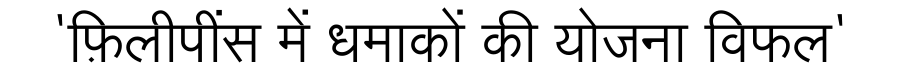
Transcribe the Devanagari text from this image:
'फ़िलीपींस में धमाकों की योजना विफल'